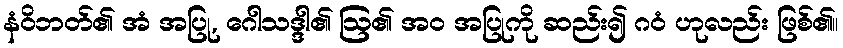
နံဝိဘတ်၏ အံ အပြု, ဂေါသဒ္ဒါ၏ ဩ၏ အဝ အပြုကို ဆည်း၍ ဂဝံ ဟုလည်း ဖြစ်၏။